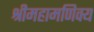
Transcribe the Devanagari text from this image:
श्रीमहामणिक्य